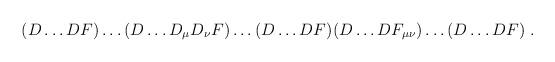
LaTeX: \begin{align*}(D\ldots DF)\ldots(D\ldots D_\mu D_\nu F)\ldots(D\ldots DF)(D\ldots DF_{\mu\nu})\ldots (D\ldots DF) \;.\end{align*}